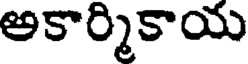
అకార్మికాయ